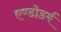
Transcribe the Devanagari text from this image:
एण्डोडर्म